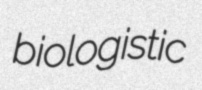
biologistic